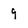
Character: 9